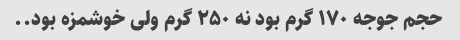
حجم جوجه ۱۷۰ گرم بود نه ۲۵۰ گرم ولی خوشمزه بود..